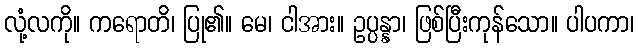
လုံ့လကို။ ကရောတိ၊ ပြု၏။ မေ၊ ငါအား။ ဥပ္ပန္နာ၊ ဖြစ်ပြီးကုန်သော။ ပါပကာ၊